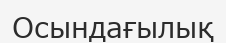
Осындағылық